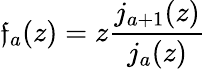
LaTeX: \mathfrak{f}_{a}(z)=z\frac{{j_{a+1}(z)}}{{j_{a}(z)}}